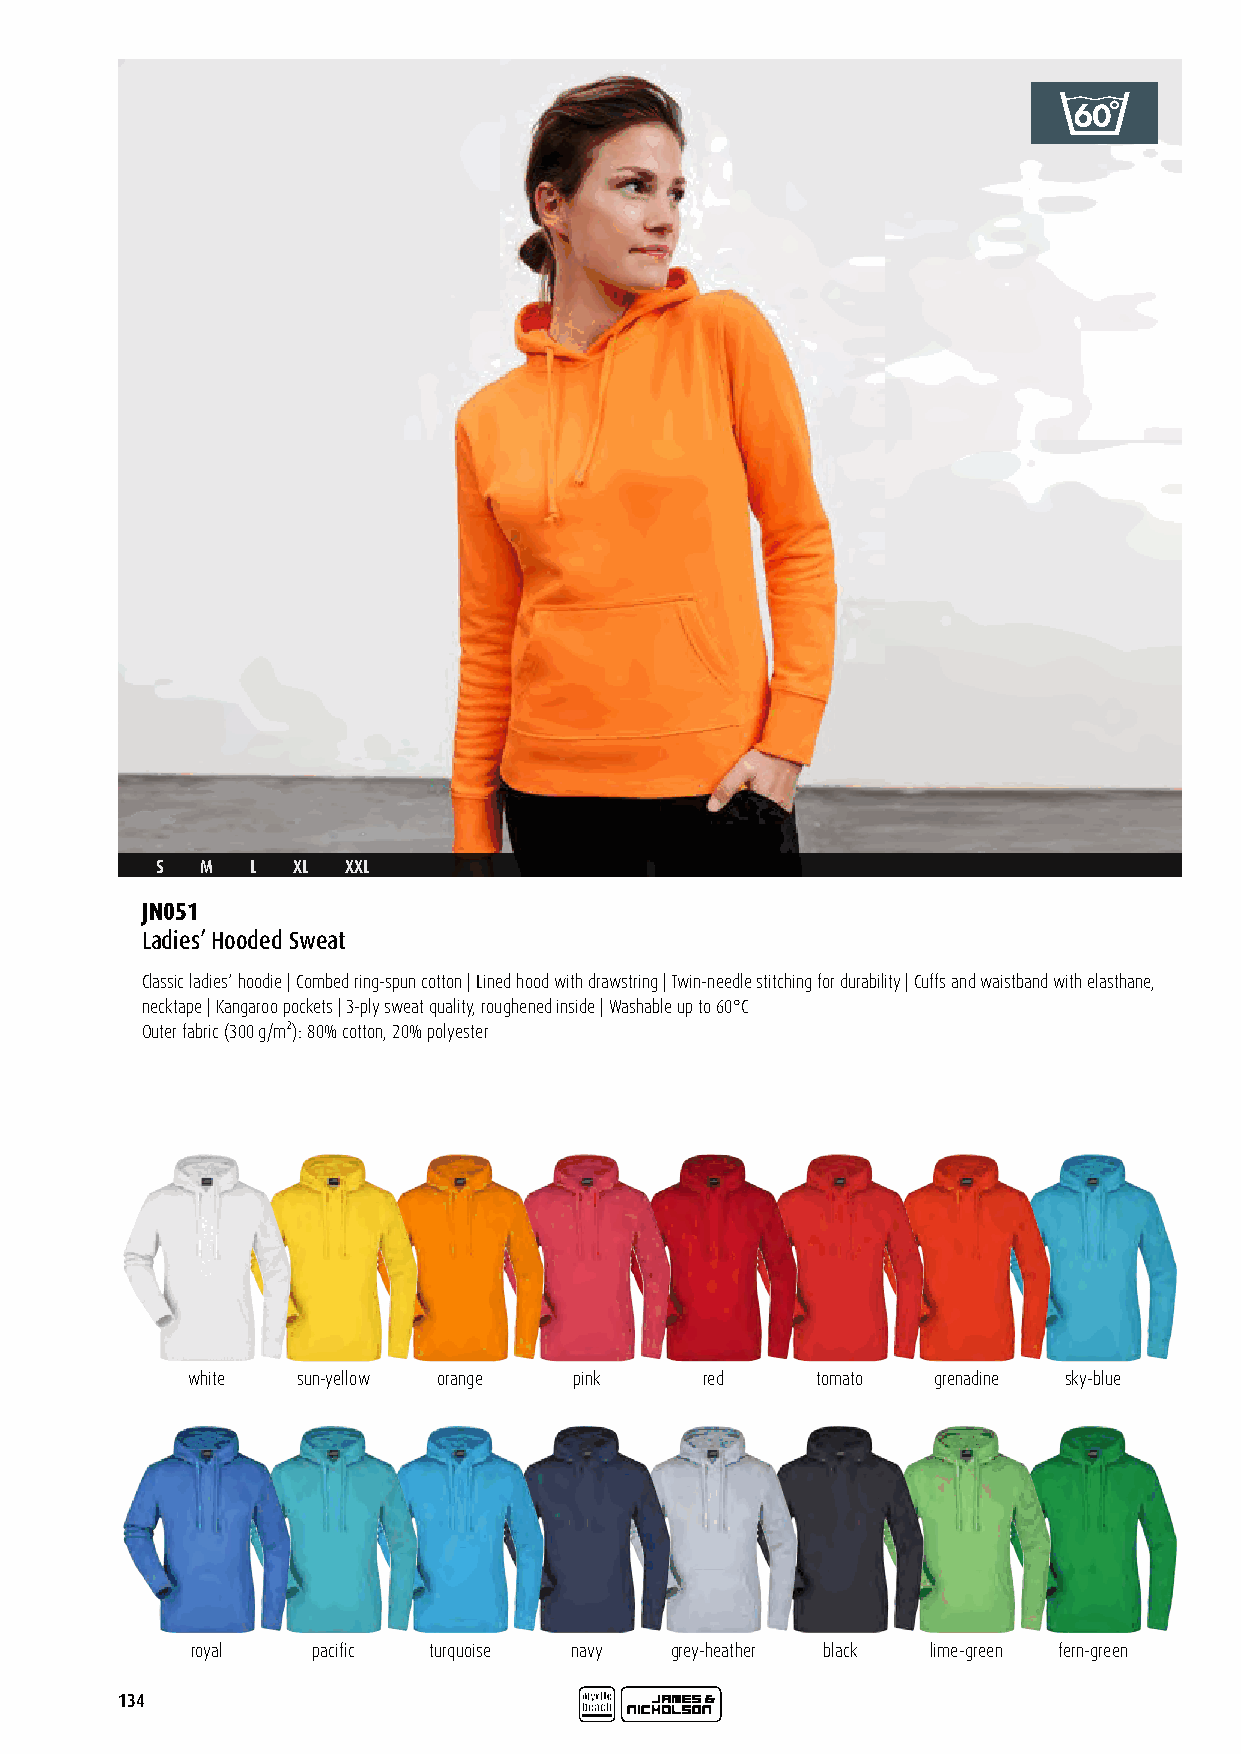
S  M   L XL  XXL
 JN051
 Ladies’ Hooded Sweat
 Classic ladies‘ hoodie | Combed ring-spun cotton | Lined hood with drawstring | Twin-needle stitching for durability | Cuffs and waistband with elasthane,
 necktape | Kangaroo pockets | 3-ply sweat quality, roughened inside | Washable up to 60°C
 Outer fabric (300 g/m²): 80% cotton, 20% polyester
 white   sun-yellow orange pink    red     tomato  grenadine sky-blue
 royal   pacific turquoise navy grey-heather black lime-green fern-green
 134